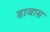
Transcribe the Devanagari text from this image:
डावास